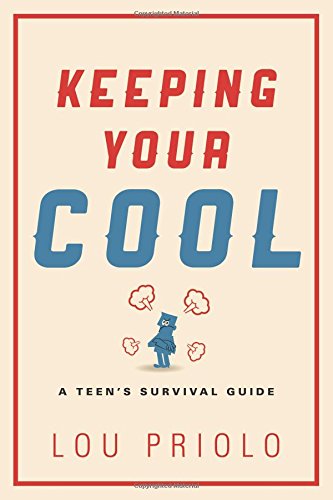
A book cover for Keeping Your Cool: A Teen's Survival Guide; Lou Priolo; Self-Help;